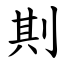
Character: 剘